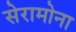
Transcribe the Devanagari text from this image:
सेरामोना